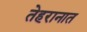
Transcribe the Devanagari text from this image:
तेहरानात